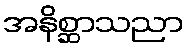
အနိစ္ဆာသညာ